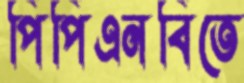
পিপিএনবিতে